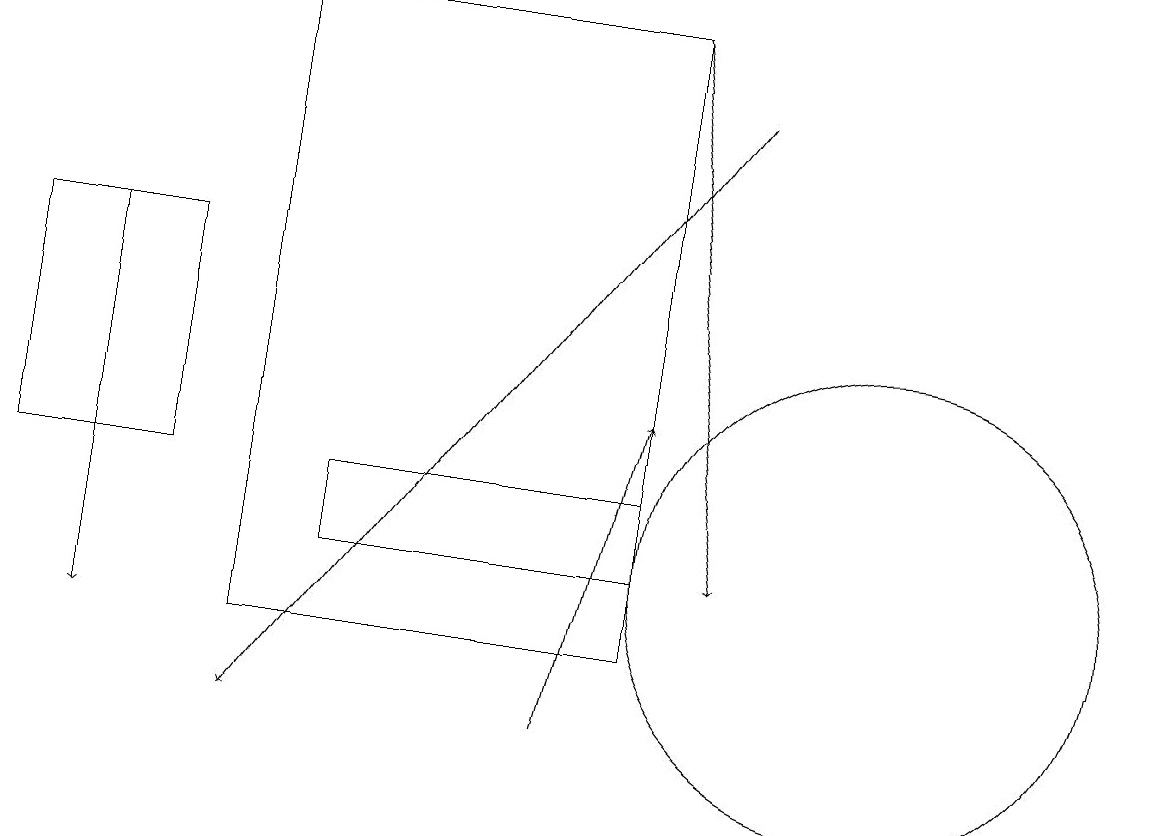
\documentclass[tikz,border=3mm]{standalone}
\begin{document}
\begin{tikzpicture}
\draw (8,13) rectangle (4,12);
\draw[->] (8,19) -- (9,12);
\draw (0,16) rectangle (2,13);
\draw[->] (1,16) -- (1,11);
\draw[->] (9,18) -- (3,10);
\draw (3,19) rectangle (8,11);
\draw[->] (7,10) -- (8,14);
\draw (11,12) circle (3);
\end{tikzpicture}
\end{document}